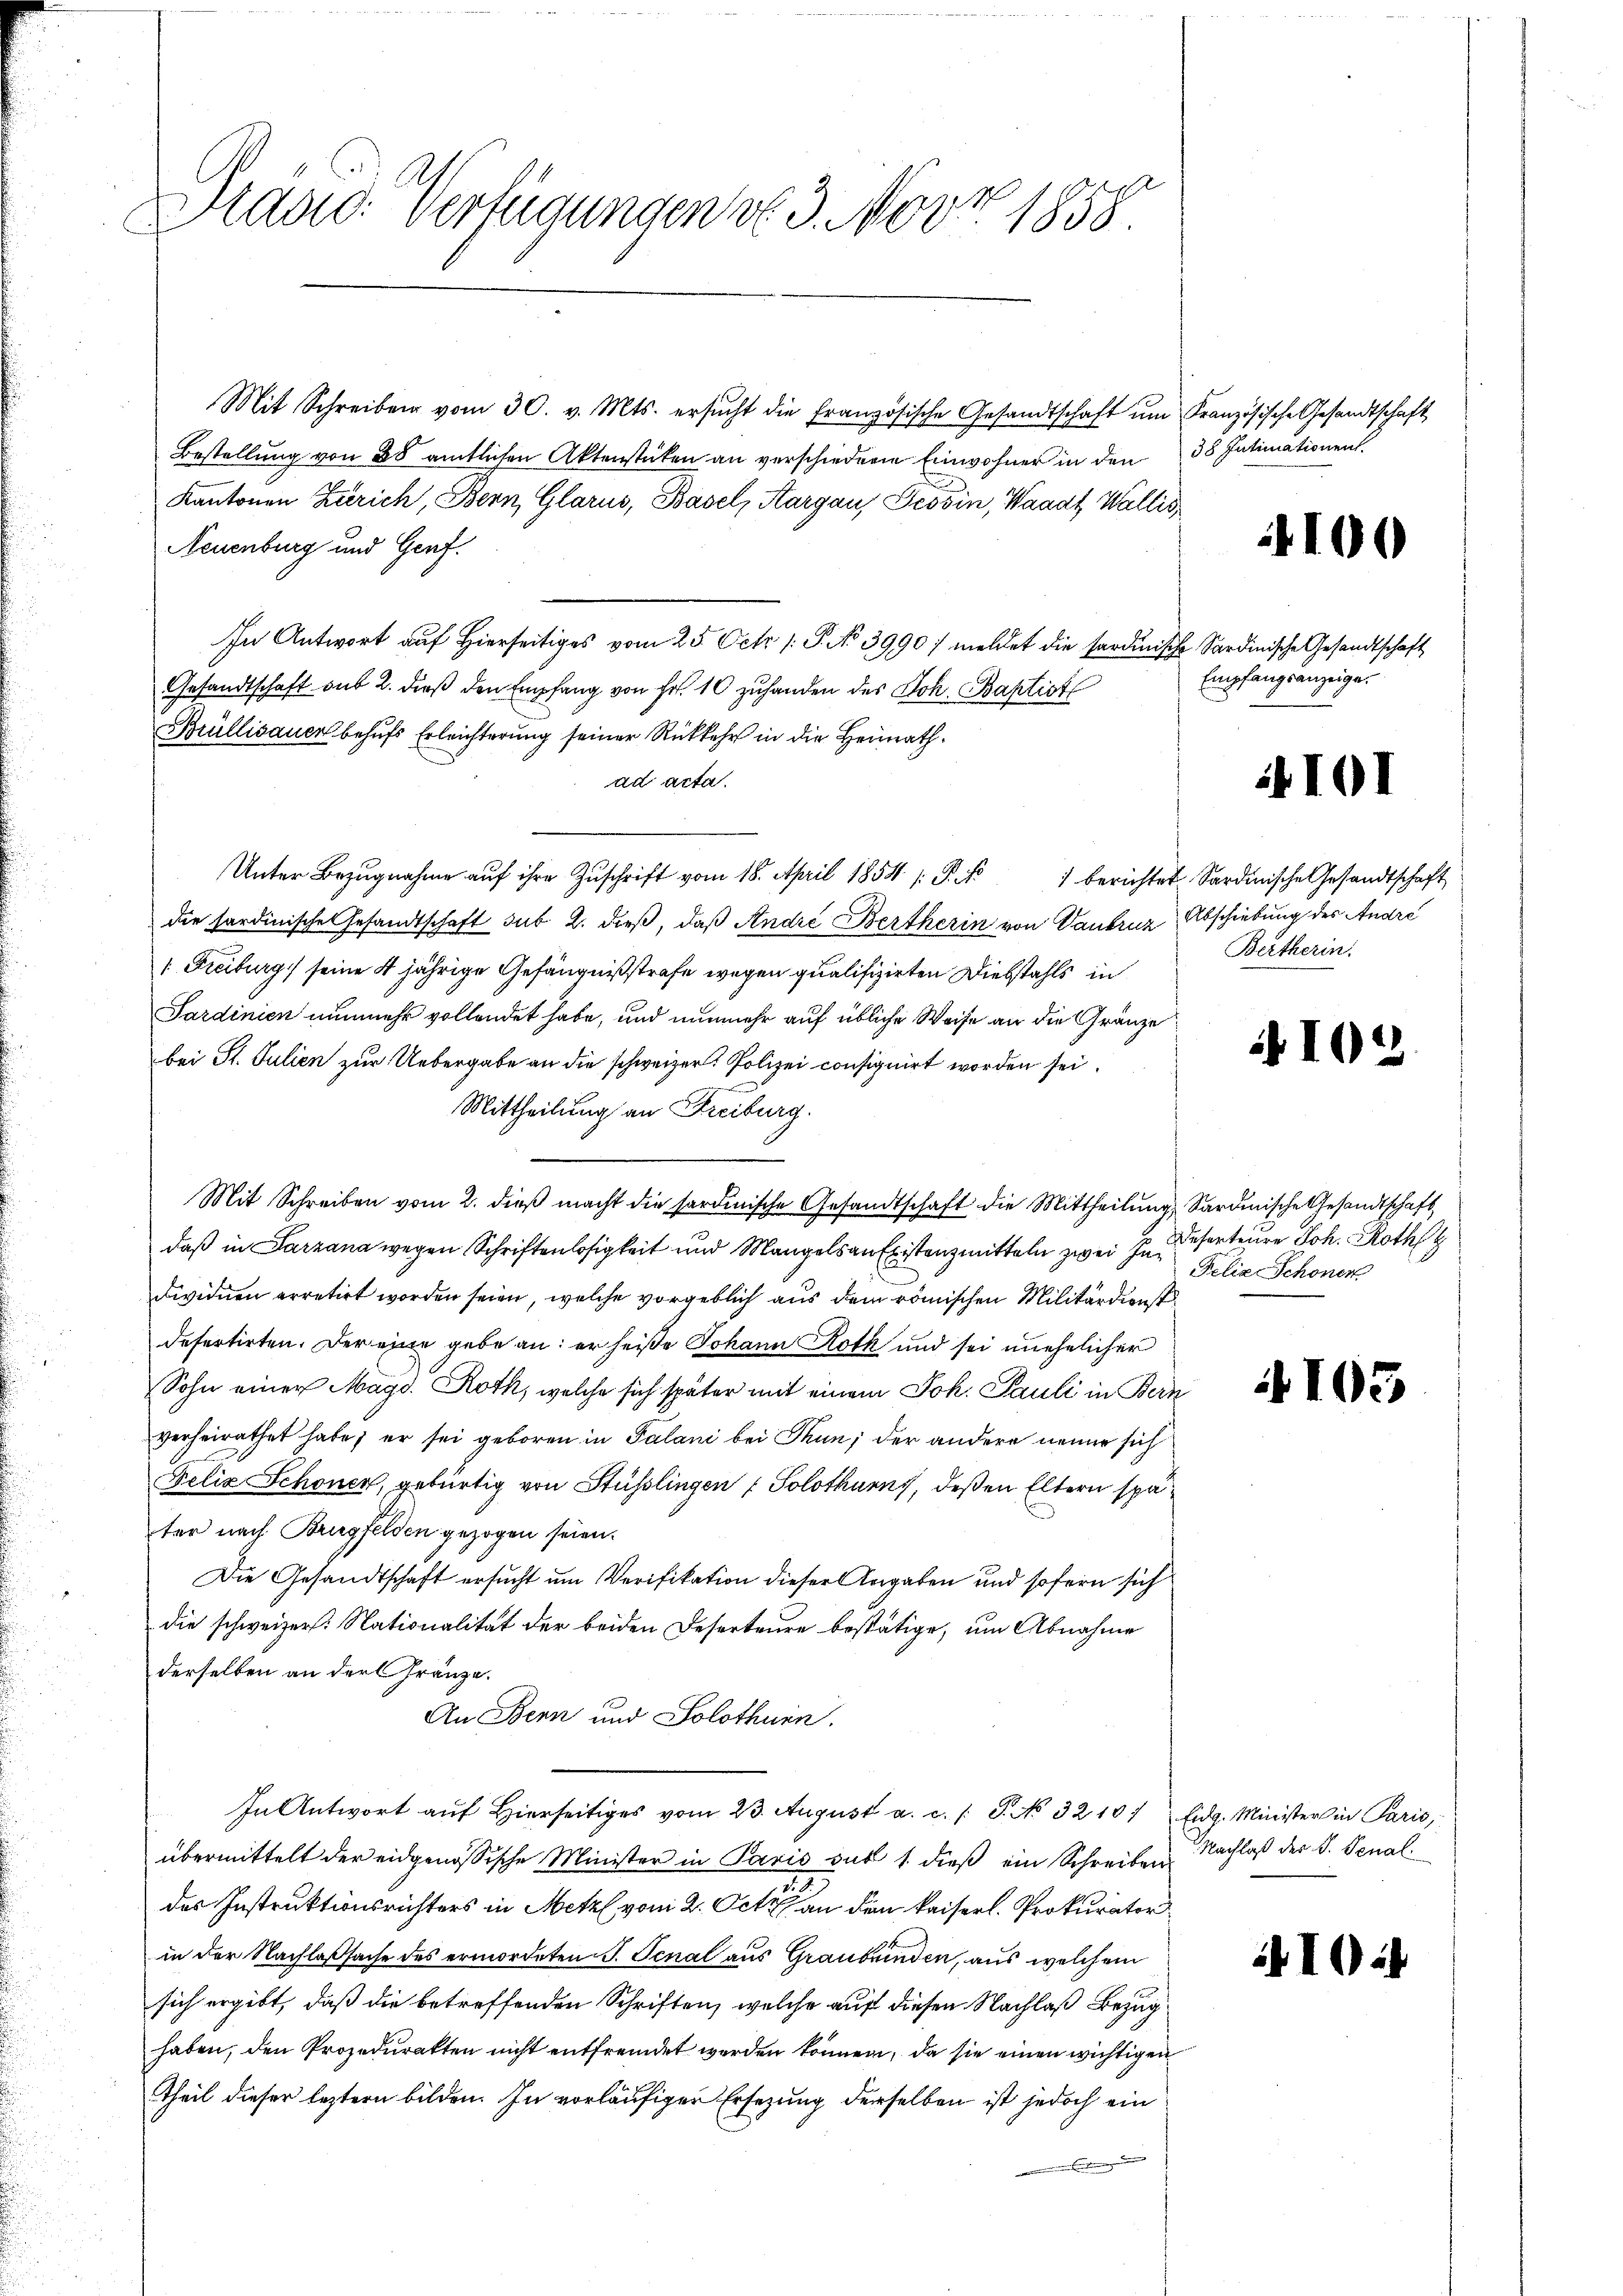
raad: Verfügungen v. 3. Nov. 1858

Mit Schreiben vom 30. v. Mts. ersucht die Französische Gesandtschaft um
Bestellung von 28 amtlichen Aktenstücken an verschiedere Einwohner in den
Kantonen Zürich, Bern, Glarus, Basel, Aargau, Tessin, Waadt, Wallis
Neuenburg und Genf.
In Antwort auf hierseitiges vom 25. Oct. 1: P. No 3990/ meldet die Sardinische Sardinische Gesandtschaft
Gesandtschaft sub 2. dieß den Empfang von Fr. 10 zuhanden des Joh. Baptist
Brüllisauer behufs Erleichterung seiner Rückkehr in die Heimathad acta.
Unter Bezŭgnahme aŭf ihre Zŭschrift vom 18. April 1854 s. K   berichtet Sardinische Gesandtschaft
die sardinische Gesandtschaft sub 2. dieß, daß Andre Bertherin von Vaukruz Abschiebung des Andre
1. Freiburg, seine 4 jährige Gefängnißstrafe wegen qualifizirten Diebstahls in
Sardinien nunmehr vollendet habe, und nunmehr auf übliche Weise an die Gränze
bei St. Julien zur Uebergabe an die schweizer. Polizei consignirt worden sei.
Mittheilung an Freiburg.
Mit Schreiben vom 2. dieß macht die sordinische Gesandtschaft die Mittheilung Sardinische Gesandtschaft
daß in Parzana wegen Schriftenlosigkeit und Mangels an Existenzmitteln zwei Individuen erretirt worden seien, welche vorgeblich aus dem römischen Militärdienst
defertirten. Der eine gebe an: er heiße Johann Roth und sei unehelicher
Sohn einer Magd. Roth, welche sich später mit einem Joh. Pauli in Bern
verheirathet habe; er sei geboren in Palani bei Thun, der andere neuer sich
Felix Schöner, gebürtig von Stüsslingen ; Solothurn, deßen Eltern später nach Brigfelden gezogen seien.
Die Gesandtschaft ersucht um Verifikation dieser Angaben und sofern sich
die schweizer. Nationalität der beiden Deserteure bestätige, um Abnahme
derselben an der Gränze.
An Bern und Solothurn.
In Antwort auf Hierseitiges vom 23. August a. c. s. S. No 32101 Eidg. Minister in Paris,
übermittelt der eidgenössische Minister in Paris auf 1. dieß ein Schreiben Nachlaß der B. Senal
des Instruktionsrichters in Metz vom 2. Octor an den kaiserl. Prokurator
in der Nachlaßsache des ermordeten J. Schal aus Graubünden, aus welchem
sich ergibt, daß die betreffenden Schriften, welche auf diesen Nachlaß Bezughaben, den Prozedurakten nicht entfremdet werden können, da sie einen wichtigen
Theil dieser leztern bilden. In vorläufigen Ersezung derselben ist jedoch ein
denten

Französische Gesandtschaft
38 Intimationent

100

Empfangsanzeige.

101

Bertherin.

10

.

Deserteure Joh. Roth
Felix Schöner

103

1024